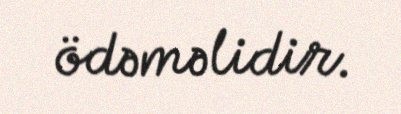
ödəməlidir.